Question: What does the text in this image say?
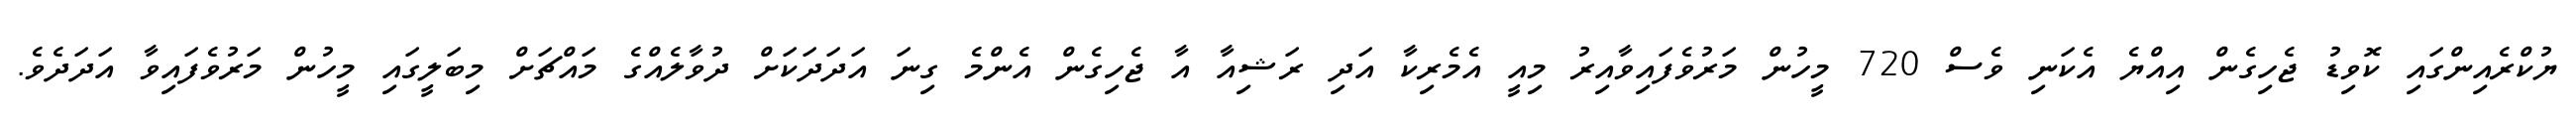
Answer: ޔުކްރެއިންގައި ކޮވިޑު ޖެހިގެން އިއްޔެ އެކަނި ވެސް 720 މީހުން މަރުވެފައިވާއިރު މިއީ އެމެރިކާ އަދި ރަޝިއާ އާ ޖެހިގެން އެންމެ ގިނަ އަދަދަކަށް ދުވާލެއްގެ މައްޗަށް މިބަލީގައި މީހުން މަރުވެފައިވާ އަދަދެވެ.